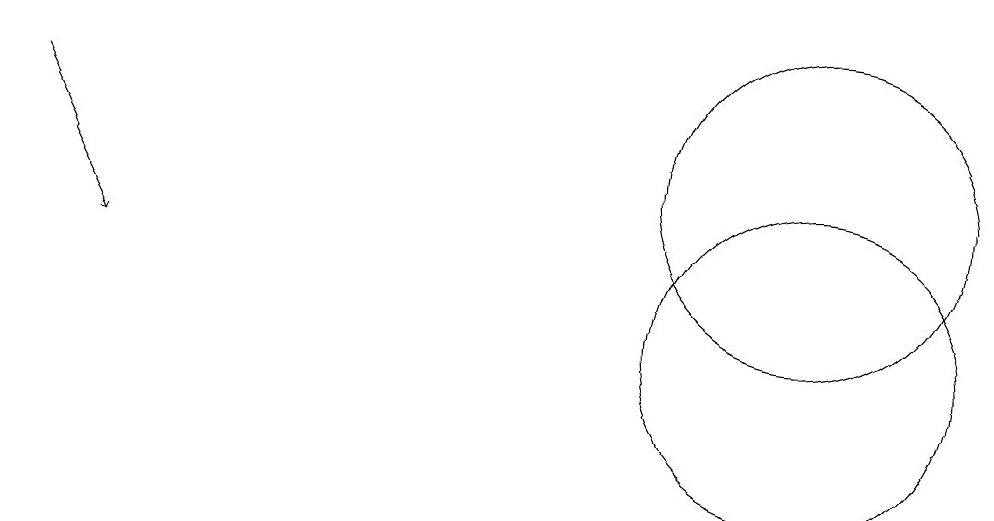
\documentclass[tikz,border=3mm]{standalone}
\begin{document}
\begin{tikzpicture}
\draw (10,12) circle (2);
\draw (10,10) circle (2);
\draw[->] (0,13) -- (1,11);
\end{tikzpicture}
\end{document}